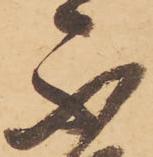
不